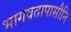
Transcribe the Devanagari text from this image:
भागवतापासौनि